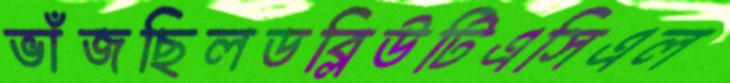
ভাঁজছিলডব্লিউটিএসিএল